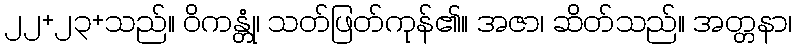
၂၂+၂၃+သည်။ ဝိကန္တုံ၊ သတ်ဖြတ်ကုန်၏။ အဇာ၊ ဆိတ်သည်။ အတ္တနာ၊